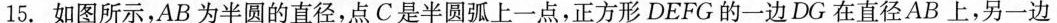
15.如图所示，AB为半圆的直径，点C是半圆弧上一点，正方形DEFG的一边DG在直径AB上，另一边